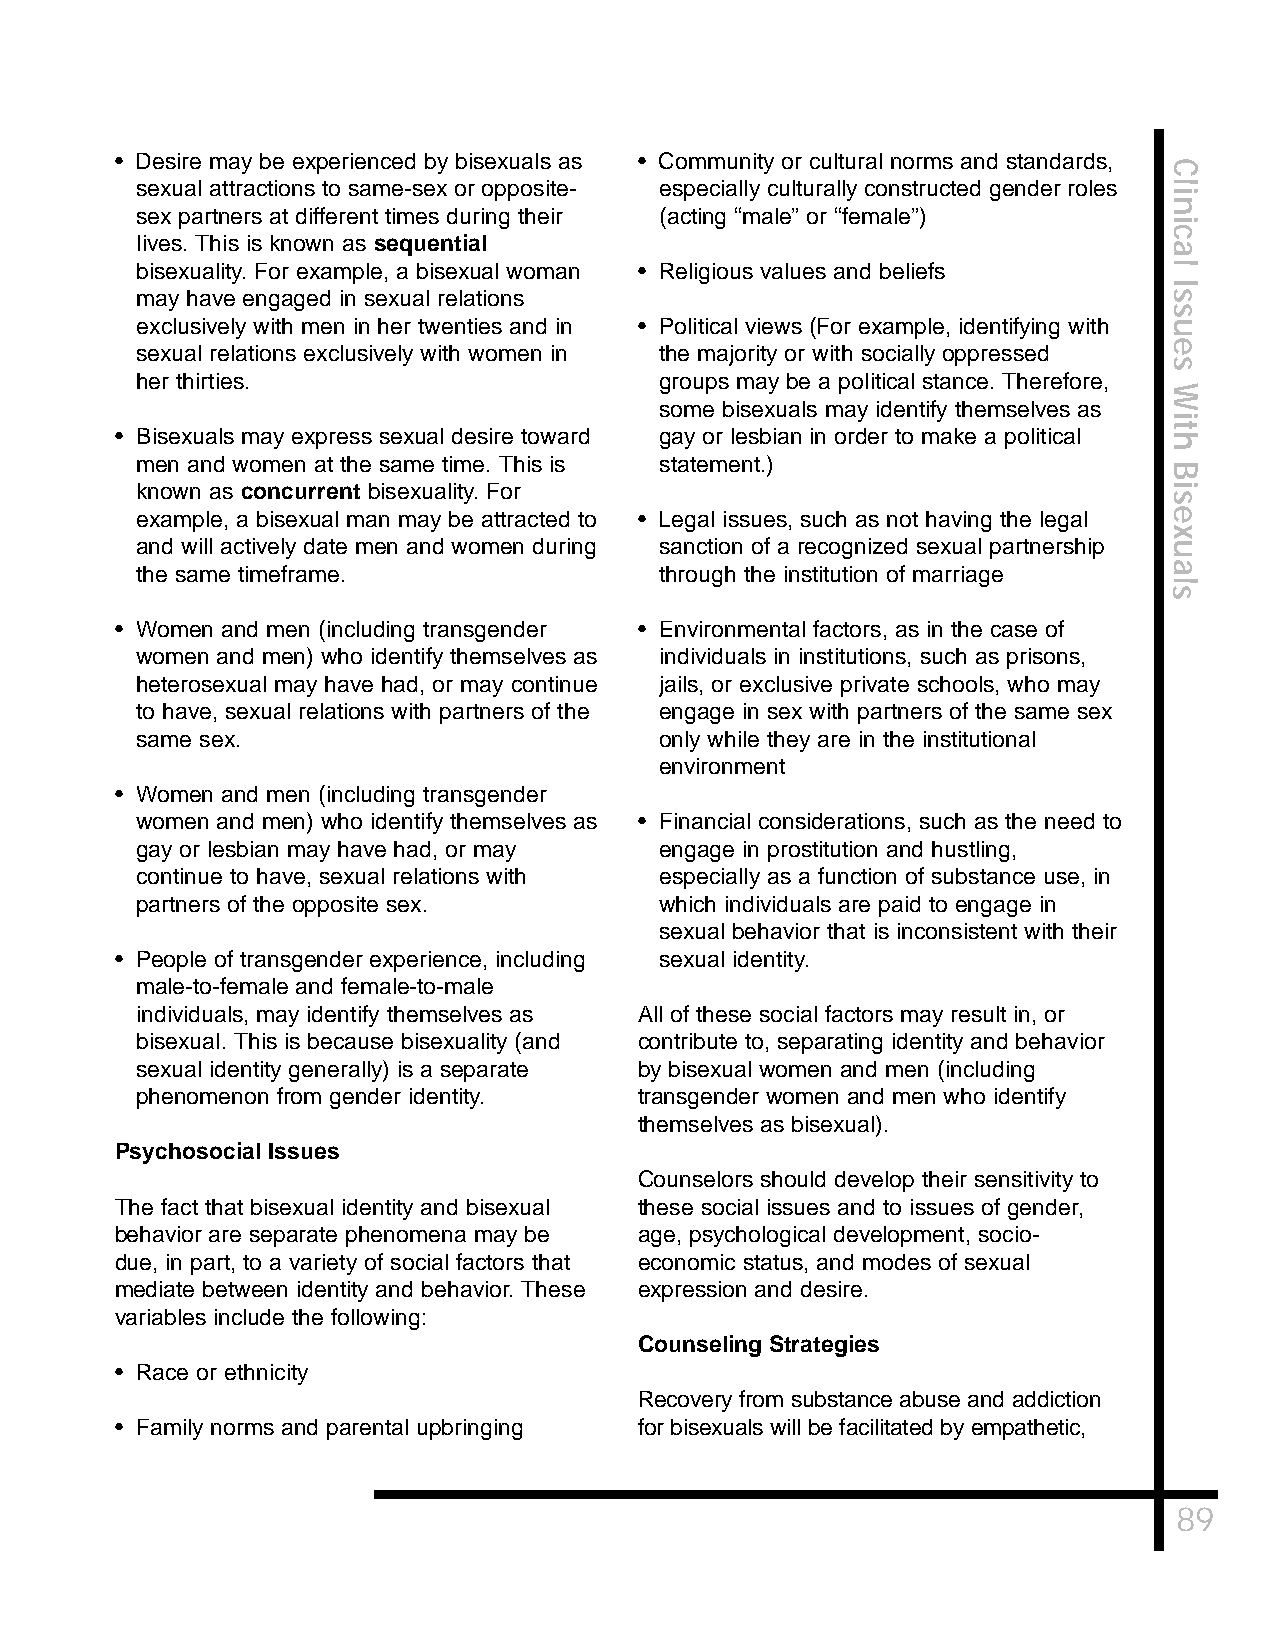
• Desire may be experienced by bisexuals as • Community or cultural norms and standards,
 C
 sexual attractions to same-sex or opposite- especially culturally constructed gender roles l
 i
 n
 sex partners at different times during their (acting “male” or “female”)
 i
 c
 lives. This is known as sequential
 a
 bisexuality. For example, a bisexual woman • Religious values and beliefs l
 I
 may have engaged in sexual relations                                s
 s
 exclusively with men in her twenties and in • Political views (For example, identifying with u
 sexual relations exclusively with women in the majority or with socially oppressed e
 s
 her thirties.                      groups may be a political stance. Therefore,
 W
 some bisexuals may identify themselves as
 i
 • Bisexuals may express sexual desire toward gay or lesbian in order to make a political ht
 men and women at the same time. This is statement.)
 B
 known as concurrent bisexuality. For                                i
 s
 example, a bisexual man may be attracted to • Legal issues, such as not having the legal e
 x
 and will actively date men and women during sanction of a recognized sexual partnership u
 the same timeframe.                through the institution of marriage a
 l
 s
 • Women and men (including transgender • Environmental factors, as in the case of
 women and men) who identify themselves as individuals in institutions, such as prisons,
 heterosexual may have had, or may continue jails, or exclusive private schools, who may
 to have, sexual relations with partners of the engage in sex with partners of the same sex
 same sex.                          only while they are in the institutional
 environment
 • Women and men (including transgender
 women and men) who identify themselves as • Financial considerations, such as the need to
 gay or lesbian may have had, or may engage in prostitution and hustling,
 continue to have, sexual relations with especially as a function of substance use, in
 partners of the opposite sex.      which individuals are paid to engage in
 sexual behavior that is inconsistent with their
 • People of transgender experience, including sexual identity.
 male-to-female and female-to-male
 individuals, may identify themselves as All of these social factors may result in, or
 bisexual. This is because bisexuality (and contribute to, separating identity and behavior
 sexual identity generally) is a separate by bisexual women and men (including
 phenomenon from gender identity. transgender women and men who identify
 themselves as bisexual).
 Psychosocial Issues
 Counselors should develop their sensitivity to
 The fact that bisexual identity and bisexual these social issues and to issues of gender,
 behavior are separate phenomena may be age, psychological development, socio-
 due, in part, to a variety of social factors that economic status, and modes of sexual
 mediate between identity and behavior. These expression and desire.
 variables include the following:
 Counseling Strategies
 • Race or ethnicity
 Recovery from substance abuse and addiction
 • Family norms and parental upbringing for bisexuals will be facilitated by empathetic,
 89